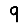
Digit: 9